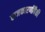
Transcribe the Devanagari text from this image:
राजकारणींपैकी